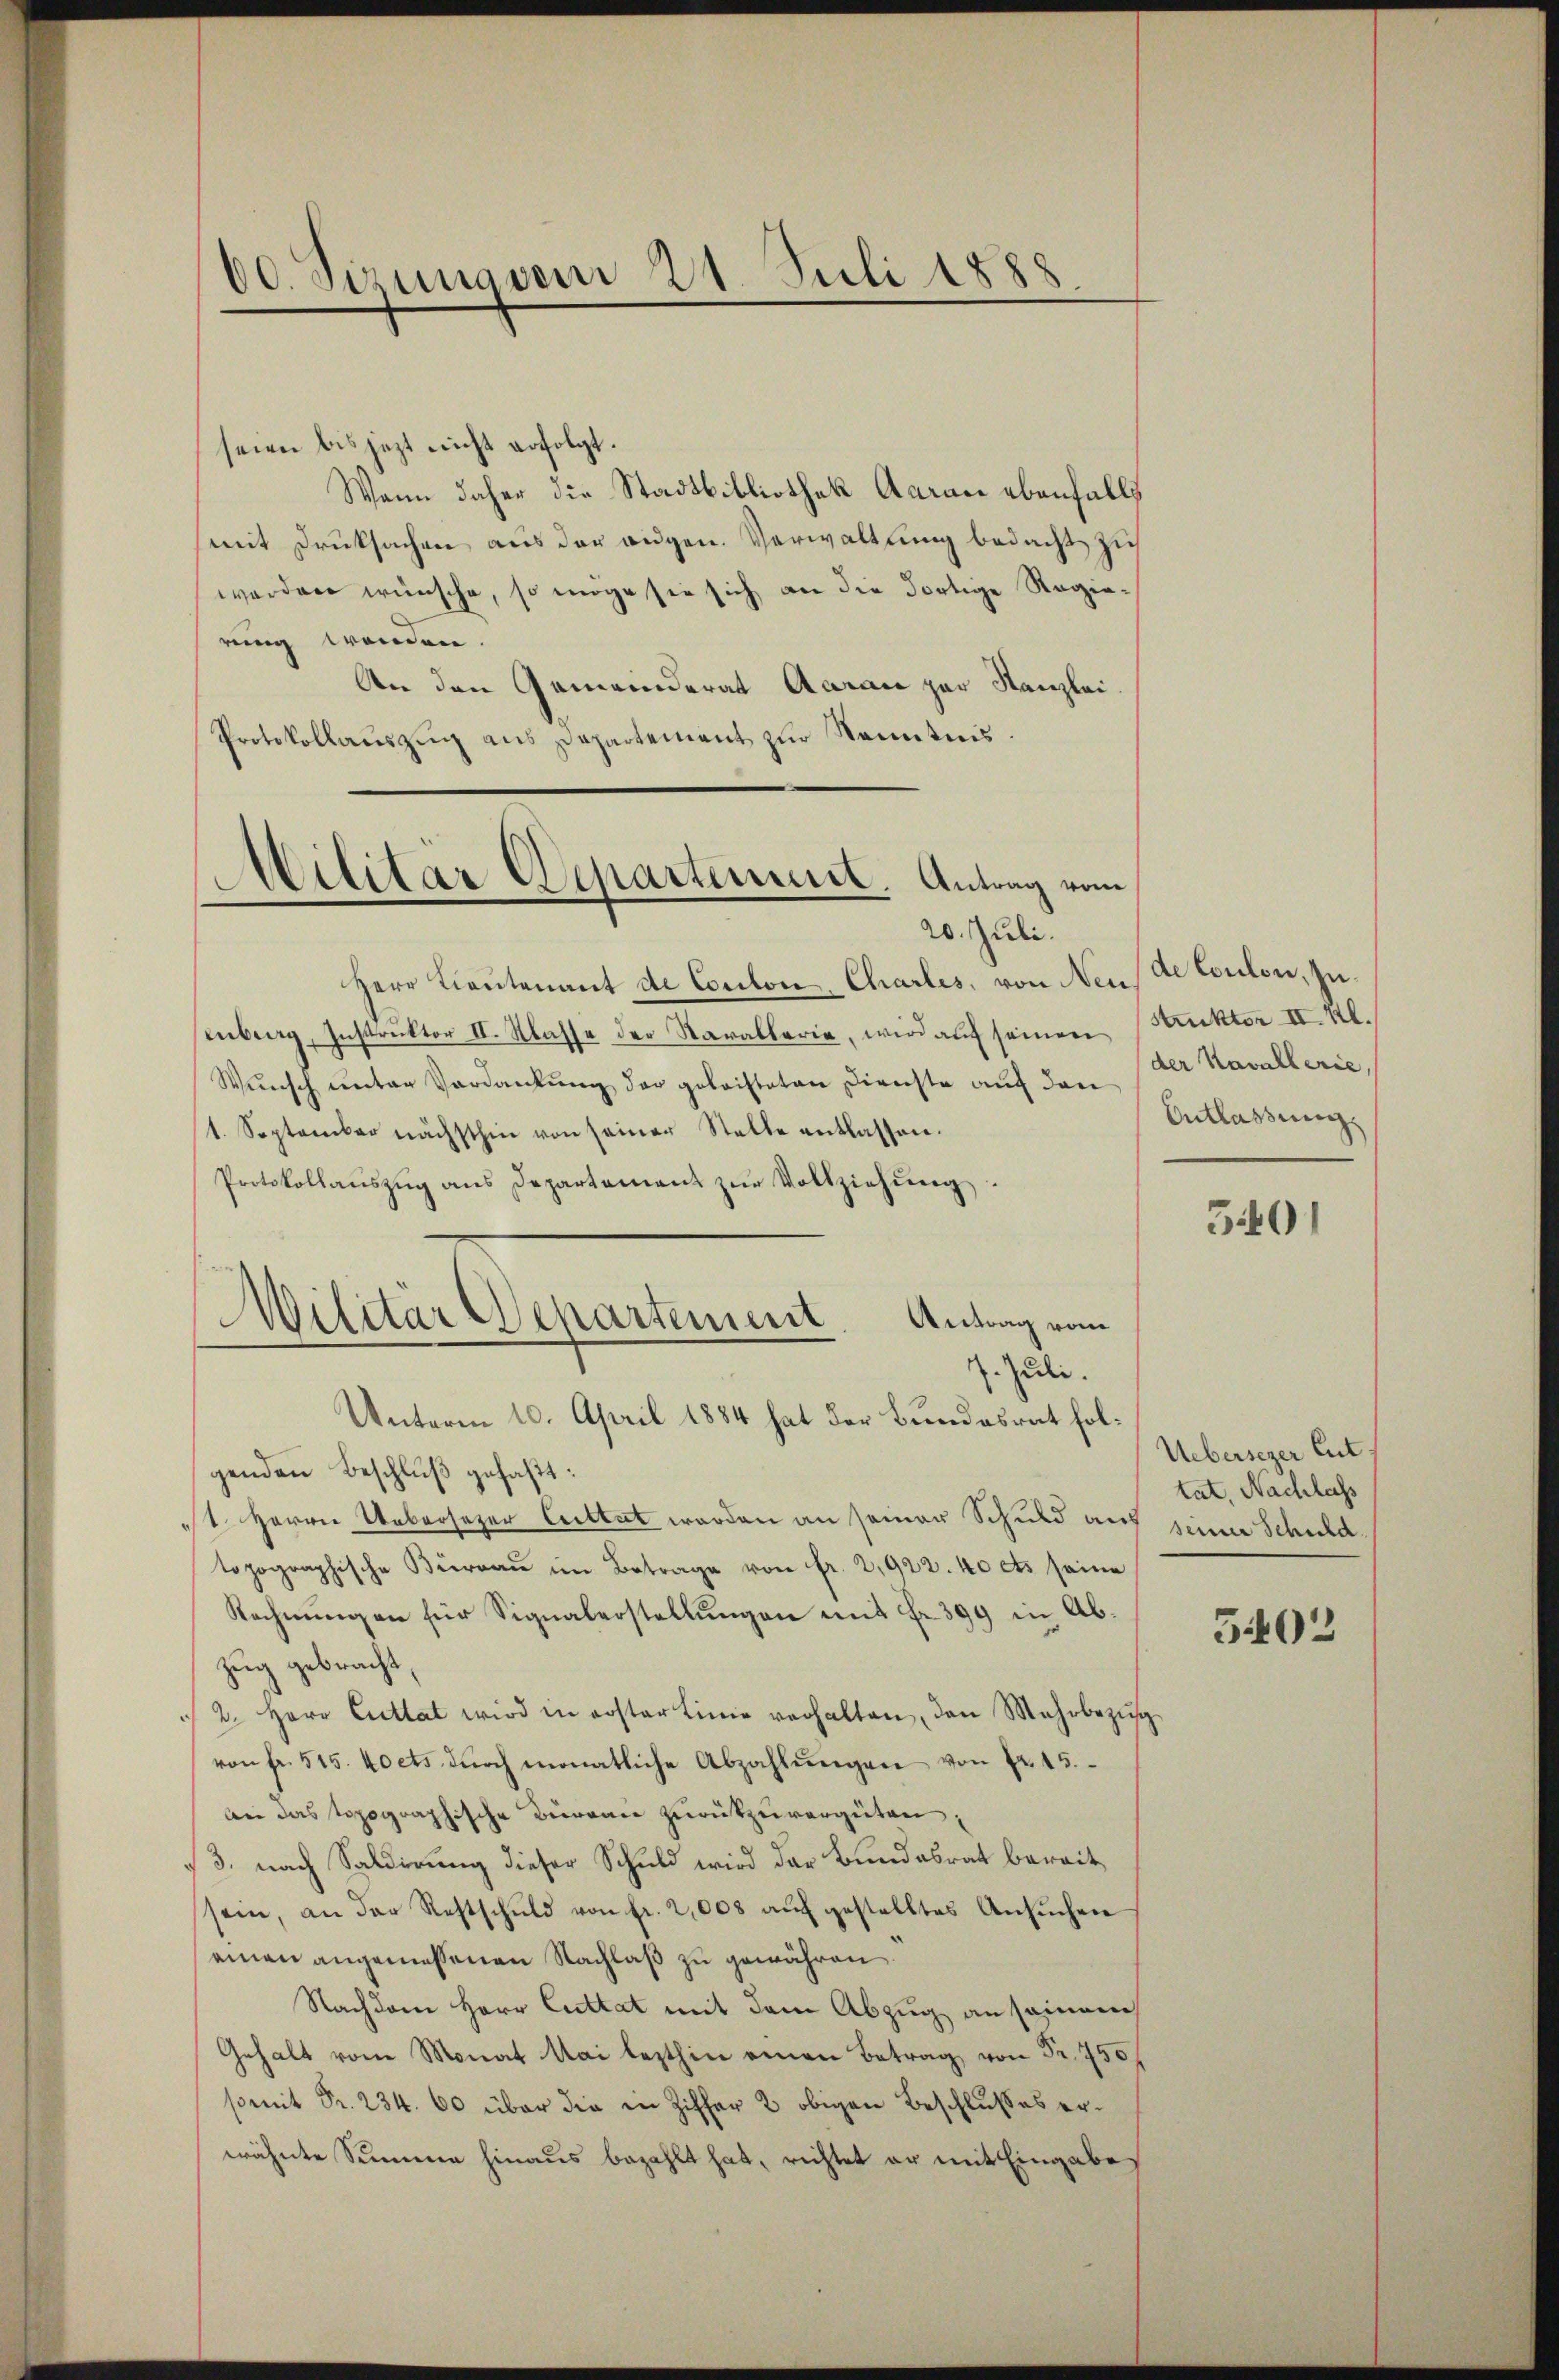
60. Sizung vom 21. Juli 1888

seien bis jetzt nicht erfolgt.
Wann daher die Stadtbibliothek Aarau ebenfalls
mit Druksachen aus der augen. Verwaltung bedacht zu
werden wünsche, so möge sie sich an die dortige Regierung wenden.
An den Gemeinderat Aarace zur Kanzlei
Protokollaŭszŭg ans Departement zŭr Kenntnis.

Militär Departement. Antrag vom
20. Juli.

Herr Lieutenant de Conton Charles, von Neus de Coulon, zu¬
Enburg, Instruktor II. Klasse der Sarallerie, wird auf seinen
Wunsch unter Verdankung der geleisteten Direchte auf den
1. September nächsthin von seiner Stelle entlassen.
Protokollaŭszŭg ans Departement zŭr Vollziehŭng
Unterm 10. April 1884 hat der Bundesrat folgenden Beschluß gefaßt:
1. Herrn Uebersezer Cettet werden an seiner Schuld aus seiner Schuld
topographische Büreau im Betrage von fr. 2,922. 40 cts seine
Rechnŭngen für Signalerstellungen mit Fr. 399 in Abzug gebracht,
2. Herr Cultat wird in erster Linie verhalten, den Mehrbezŭg
von fr. 515. 40cts dŭrch monatliche Abzahlŭngen von Fr. 15.
Bei das topographische Büreau zurückzuvergüten,
3. nach Saldirung dieser Schuld wird der Bundesrat bereit
sein, an der Restschuld von fr. 2,000 aŭf gestelltes Ansŭchen
einen angemessenen Nachlaß zu gewähren
Nachdem Herr Cuttat mit dem Abzug an seinem
Gehalt vom Monat Mai lezthin einen Betrag, von Fr. 750
somit Fr. 234. 60 über die in Ziffer 2 obigen Beschlußes erwähnte Summe hinaus bezahlt hat, richtet er mit Eingabe

Militär Departement. Antrag vom
7. Juli.

Struktor II. M.
der Kavallerie,
Entlassung.

5401

Uebersezer Ent
tat. Nachlass

5402